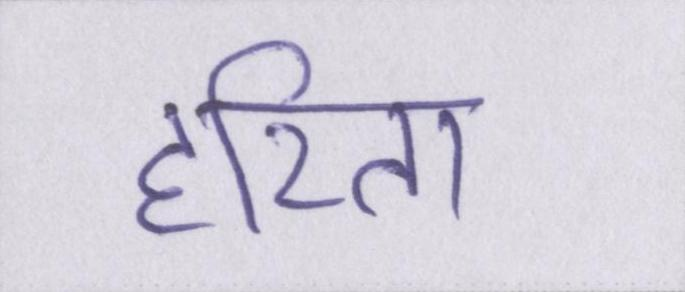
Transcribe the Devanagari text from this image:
हरिता